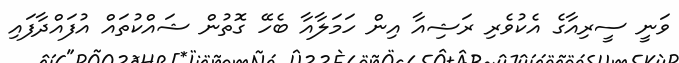
ވަނީ ސީރިއާގެ އެކުވެރި ރަޝިއާ އިން ހަމަލާއާ ބެހޭ ގޮތުން ޝައްކުތައް އުފައްދާފައި